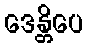
ဒေန္တိပေ